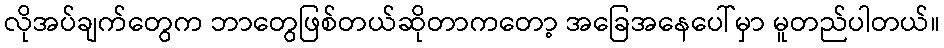
လိုအပ်ချက်တွေက ဘာတွေဖြစ်တယ်ဆိုတာကတော့ အခြေအနေပေါ်မှာ မူတည်ပါတယ်။